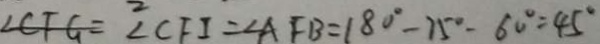
\angle C F G = \angle C F I = \angle A F B = 1 8 0 ^ { \circ } - 7 5 ^ { \circ } - 6 0 ^ { \circ } = 4 5 ^ { \circ }